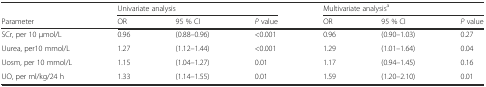
|  | <COLSPAN=3> Univariate analysis | <COLSPAN=3> Multivariate analysisa |
 | Parameter | OR | 95 % CI | P value | OR | 95 % CI | P value |
 | --- | --- | --- | --- | --- | --- | --- |
 | SCr, per 10 μmol/L | 0.96 | (0.88–0.96) | <0.001 | 0.96 | (0.90–1.03) | 0.27 |
 | Uurea, per10 mmol/L | 1.27 | (1.12–1.44) | <0.001 | 1.29 | (1.01–1.64) | 0.04 |
 | Uosm, per 10 mmol/L | 1.15 | (1.04–1.27) | 0.01 | 1.17 | (0.94–1.45) | 0.16 |
 | UO, per ml/kg/24 h | 1.33 | (1.14–1.55) | 0.01 | 1.59 | (1.20–2.10) | 0.01 |